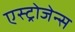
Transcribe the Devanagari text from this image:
एस्ट्रोजेन्स